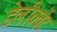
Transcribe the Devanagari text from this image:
डेलीक्वेंट